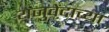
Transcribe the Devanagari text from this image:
यजुवेंदाच्या